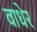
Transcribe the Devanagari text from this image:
वाधेर